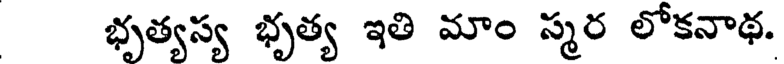
భృత్యస్య భృత్య ఇతి మాం స్మర లోకనాథ.